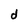
Character: d